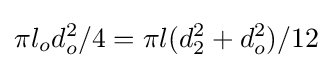
\pi l_{o}d_{o}^{2}/4=\pi l(d_{2}^{2}+d_{o}^{2})/12